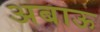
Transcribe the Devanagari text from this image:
अबाऊ